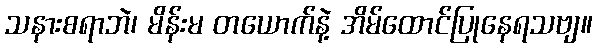
သနားစရာဘဲ၊ မိန်းမ တယောက်နဲ့ အိမ်ထောင်ပြုနေရသဗျ။